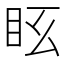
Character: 𥄆